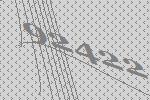
92422